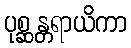
ပုစ္ဆန္တရာယိကာ